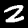
Digit: 2